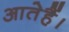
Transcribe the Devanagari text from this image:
आतेहैं।